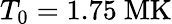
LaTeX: T_{0}=1.75~\mathrm{MK}